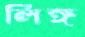
লিঙ্গ